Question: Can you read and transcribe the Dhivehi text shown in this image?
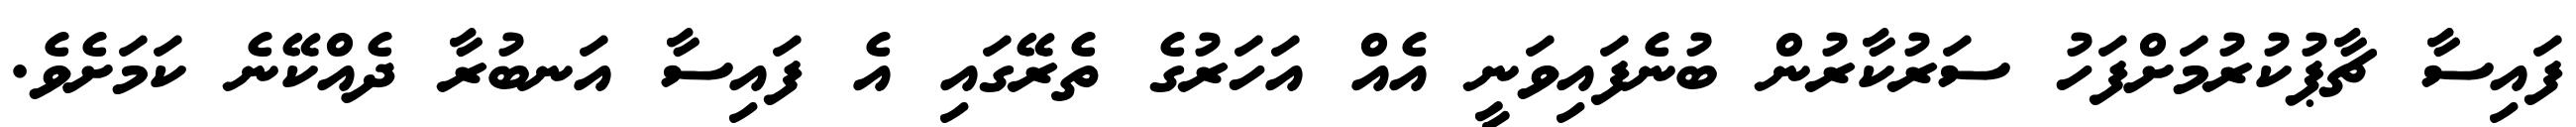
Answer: ފައިސާ ޗާޕުކުރުމަށްފަހު ސަރުކާރުން ބުނެފައިވަނީ އެއް އަހަރުގެ ތެރޭގައި އެ ފައިސާ އަނބުރާ ދެއްކޭނެ ކަމަށެވެ.